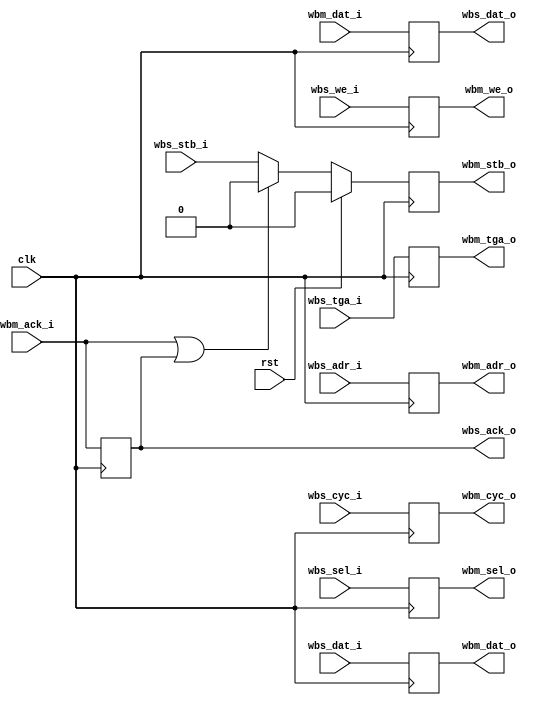
module wb_regslice (
    input clk,
    input rst,

    // Wishbone slave interface
    input      [19:1] wbs_adr_i,
    input      [15:0] wbs_dat_i,
    output reg [15:0] wbs_dat_o,
    input      [ 1:0] wbs_sel_i,
    input             wbs_tga_i,
    input             wbs_stb_i,
    input             wbs_cyc_i,
    input             wbs_we_i,
    output reg        wbs_ack_o,

    // Wishbone master interface
    output reg [19:1] wbm_adr_o,
    output reg [15:0] wbm_dat_o,
    input      [15:0] wbm_dat_i,
    output reg [ 1:0] wbm_sel_o,
    output reg        wbm_tga_o,
    output reg        wbm_stb_o,
    output reg        wbm_cyc_o,
    output reg        wbm_we_o,
    input             wbm_ack_i
  );

  // Net declarations
  wire ack_st;

  // Combinational logic
  assign ack_st = wbm_ack_i | wbs_ack_o;

  // Sequential logic
  always @(posedge clk)
    wbm_stb_o <= rst ? 1'b0
      : (ack_st ? 1'b0 : wbs_stb_i);

  always @(posedge clk)
    begin
      wbm_adr_o <= wbs_adr_i;
      wbm_dat_o <= wbs_dat_i;
      wbm_sel_o <= wbs_sel_i;
      wbm_tga_o <= wbs_tga_i;
      wbm_cyc_o <= wbs_cyc_i;
      wbm_we_o  <= wbs_we_i;
    end

  always @(posedge clk)
    begin
      wbs_dat_o <= wbm_dat_i;
      wbs_ack_o <= wbm_ack_i;
    end

endmodule